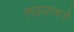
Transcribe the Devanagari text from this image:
लढय़ाकडे